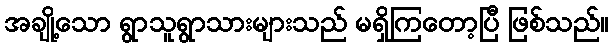
အချို့သော ရွာသူရွာသားများသည် မရှိကြတော့ပြီ ဖြစ်သည်။